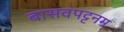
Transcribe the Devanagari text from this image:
बासवपट्टनम